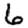
Digit: 6